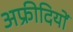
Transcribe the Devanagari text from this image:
अफ्रीदियों